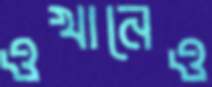
ওখানেও